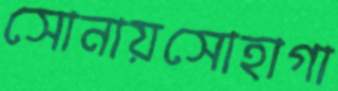
সোনায়সোহাগা